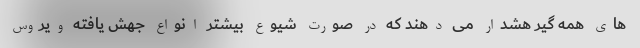
های همه گیر هشدار می دهند که در صورت شیوع بیشتر انواع جهش یافته ویروس